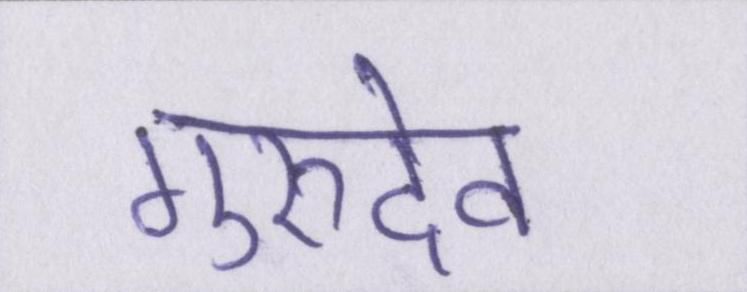
गुरुदेव